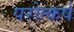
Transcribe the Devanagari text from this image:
परोत्कर्ष